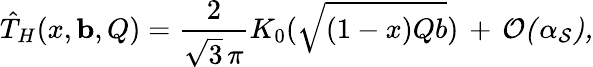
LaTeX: \hat{T}_{H}(x,{\mathbf b},Q)=\frac{2}{\sqrt{3}\, \pi}K_{0}(\sqrt{(1-x)Qb})\, +\, \cal O(\alpha_{S}),